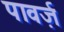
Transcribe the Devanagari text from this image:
पावर्ज़